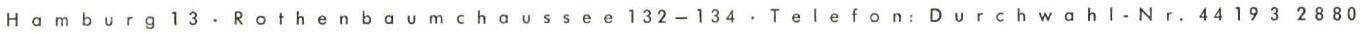
Hamburg 13 . Rothenbaumchaussee 132-134 . Telefon: Durchwahl - Nr. 44 19 3 2880